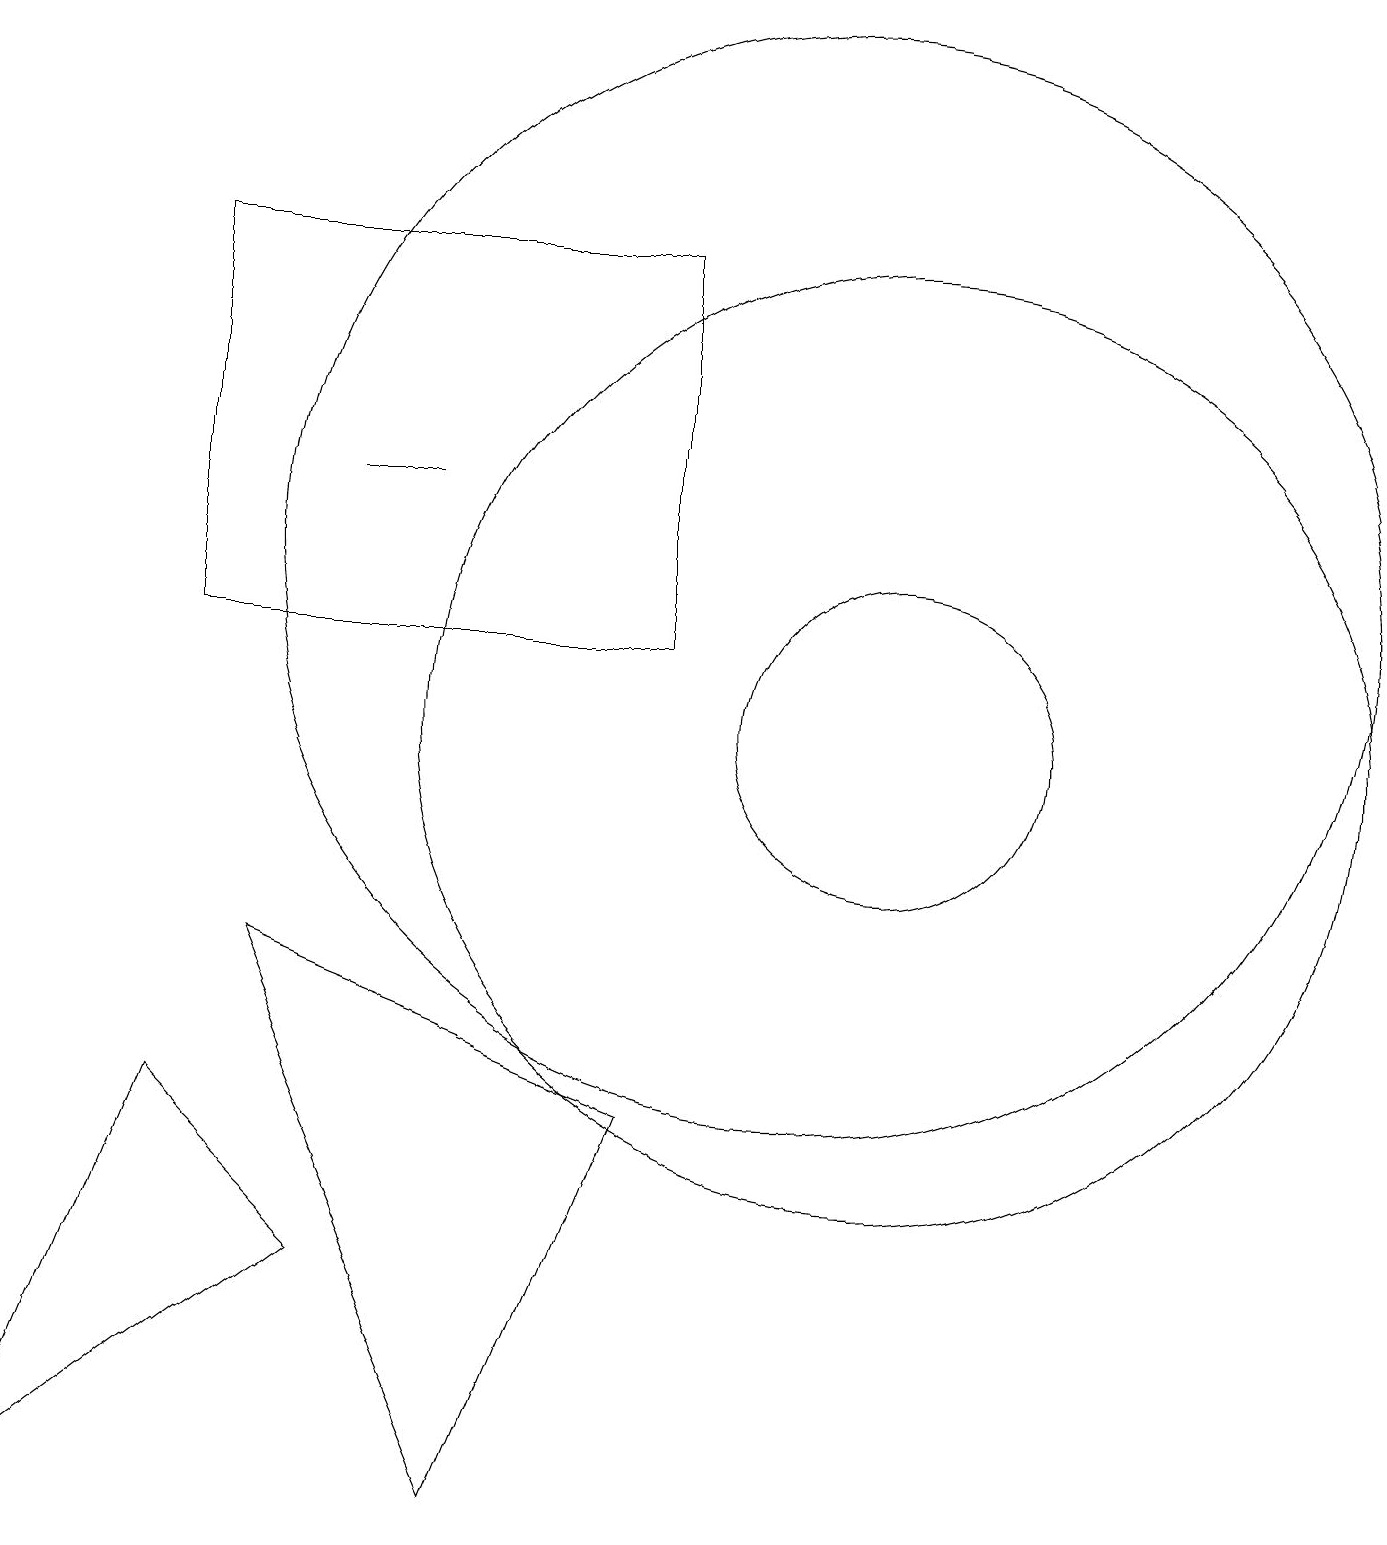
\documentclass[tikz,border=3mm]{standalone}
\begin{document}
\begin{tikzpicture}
\draw (10,12) circle (7);
\draw (4,13) rectangle (5,13);
\draw (11,10) circle (2);
\draw (6,0) -- (8,5) -- (3,7) -- cycle;
\draw (8,16) rectangle (2,11);
\draw (11,10) circle (6);
\draw (2,5) -- (4,3) -- (0,0) -- cycle;
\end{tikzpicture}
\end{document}